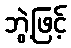
ဘွဲ့ဖြင့်